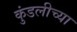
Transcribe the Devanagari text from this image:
कुंडलीच्या